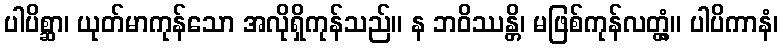
ပါပိစ္ဆာ၊ ယုတ်မာကုန်သော အလိုရှိကုန်သည်။ န ဘဝိဿန္တိ၊ မဖြစ်ကုန်လတ္တံ့။ ပါပိကာနံ၊